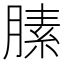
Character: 膆